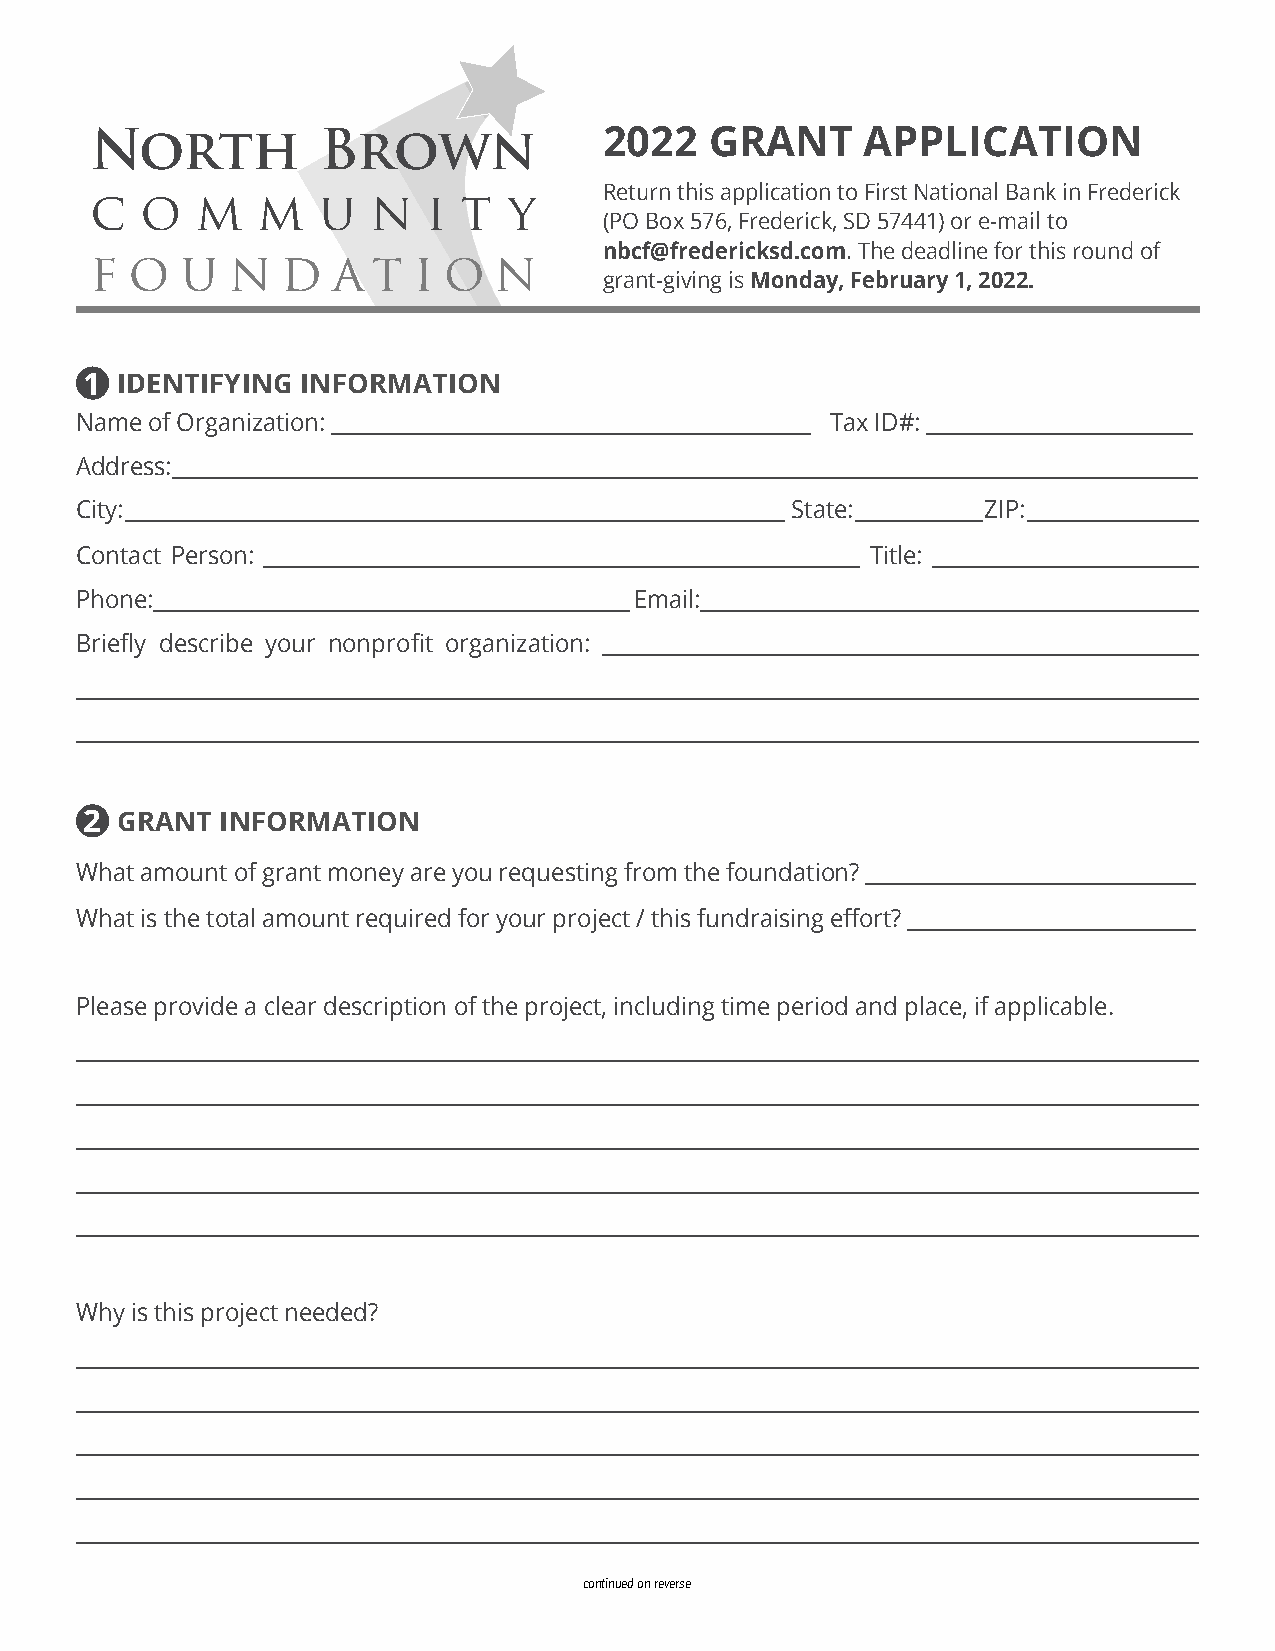
North          Brown              2022   GRANT     APPLICATION
 Return this application to First National Bank in Frederick
 c  o   m   m   u   n  i  t  y
 (PO Box 576, Frederick, SD 57441) or e-mail to
 nbcf@fredericksd.com. The deadline for this round of
 f  o  u  n   d  a  t i o   n
 grant-giving is Monday, February 1, 2022.
 1 IDENTIFYING INFORMATION
 Name of Organization: _____________________________________________ Tax ID#: _________________________
 Address: _________________________________________________________________________________________________
 City: ______________________________________________________________ State: ____________ ZIP: ________________
 Contact Person: ________________________________________________________ Title: _________________________
 Phone: _____________________________________________ Email: _______________________________________________
 Briefly describe your nonprofit organization: ________________________________________________________
 _________________________________________________________________________________________________________
 _________________________________________________________________________________________________________
 2  GRANT  INFORMATION
 What amount of grant money are you requesting from the foundation? _______________________________
 What is the total amount required for your project / this fundraising effort? ___________________________
 Please provide a clear description of the project, including time period and place, if applicable.
 _________________________________________________________________________________________________________
 _________________________________________________________________________________________________________
 _________________________________________________________________________________________________________
 _________________________________________________________________________________________________________
 _________________________________________________________________________________________________________
 Why is this project needed?
 _________________________________________________________________________________________________________
 _________________________________________________________________________________________________________
 _________________________________________________________________________________________________________
 _________________________________________________________________________________________________________
 _________________________________________________________________________________________________________
 continued on reverse